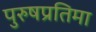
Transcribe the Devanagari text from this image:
पुरुषप्रतिमा